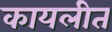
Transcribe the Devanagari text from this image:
कायलीत